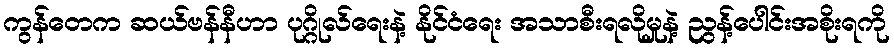
ကွန်တေက ဆယ်ဗန်နီဟာ ပုဂ္ဂိုလ်ရေးနဲ့ နိုင်ငံရေး အသာစီးရလိုမှုနဲ့ ညွန့်ပေါင်းအစိုးရကို